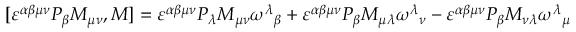
[ { \varepsilon ^ { \alpha \beta \mu \nu } } { P _ { \beta } } { M _ { \mu \nu } } , M ] = { \varepsilon ^ { \alpha \beta \mu \nu } } { P _ { \lambda } } { M _ { \mu \nu } } { \omega ^ { \lambda } } _ { \beta } + { \varepsilon ^ { \alpha \beta \mu \nu } } { P _ { \beta } } { M _ { \mu \lambda } } { \omega ^ { \lambda } } _ { \nu } - { \varepsilon ^ { \alpha \beta \mu \nu } } { P _ { \beta } } { M _ { \nu \lambda } } { \omega ^ { \lambda } } _ { \mu }